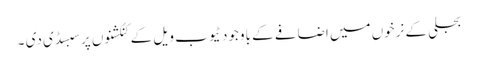
بجلی کے نرخوں میں اضافے کے باوجود ٹیوب ویل کے کنکشنوں پر سبسڈی دی ۔